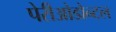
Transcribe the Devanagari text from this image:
पेरीओडोन्टल